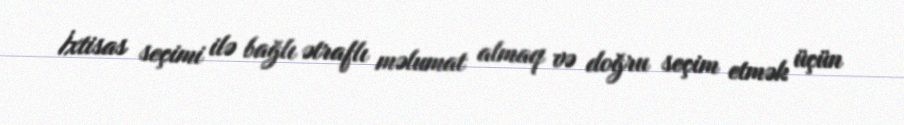
İxtisas seçimi ilə bağlı ətraflı məlumat almaq və doğru seçim etmək üçün